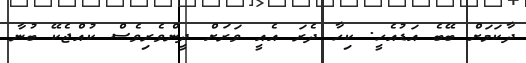
ދާކަމަށް ބޭބެ އަޑުއެހީ. ކިހާ ދެރަ އެއީ ވަރަށް ދީންވެރިވެސް ކުއްޖެކޭ ބުނާ